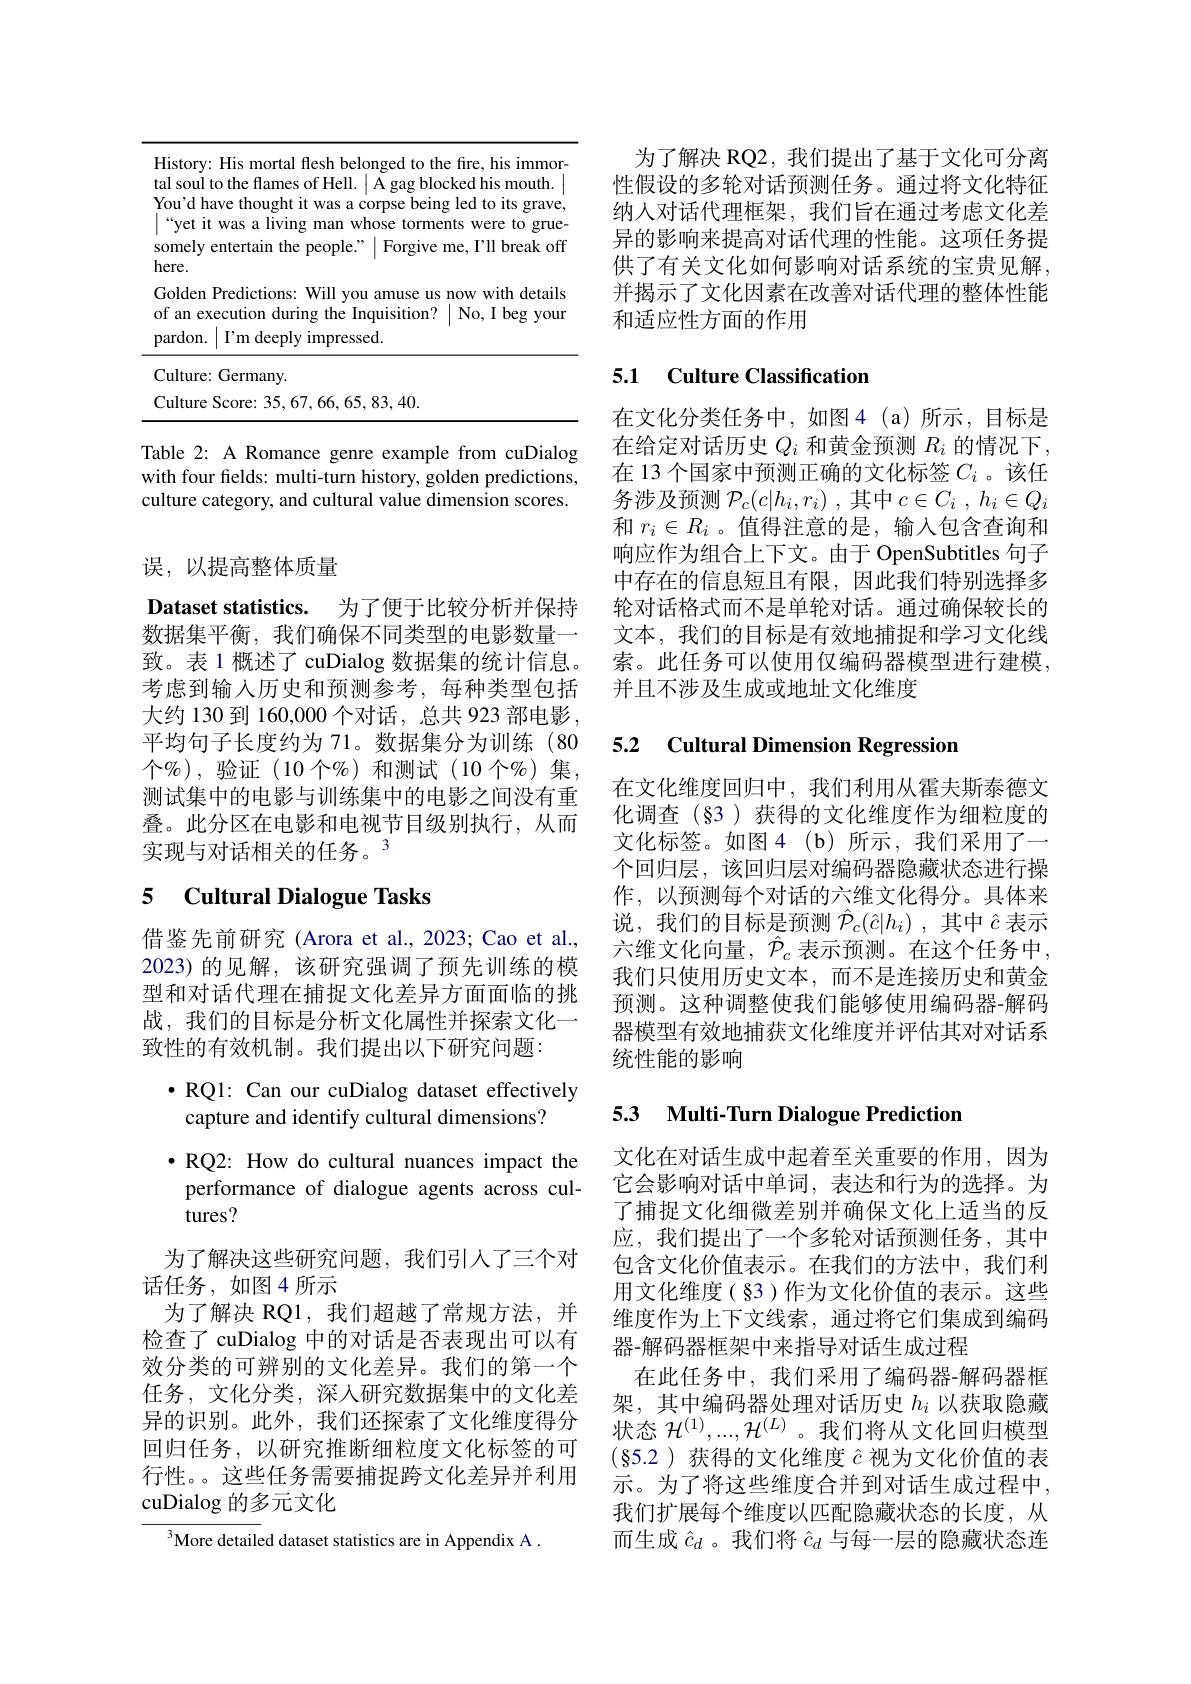
<table>
	<tbody>
		<tr>
			<td>$F$ 1 Y ta</td>
			<td>: His mortal flesh belonged to the fire, his immor to the flames of Hell |A gag blocked his mouth</td>
		</tr>
		<tr>
			<td>St h</td>
			<td>entertain the people." $\mid$Forgive me, I'll break off</td>
		</tr>
		<tr>
			<td>0 $P$</td>
			<td>cecution during the Inquisition? $\mid$No,I beg your $I^{\prime }$m deeply impressed. </td>
		</tr>
		<tr>
			<td> </td>
			<td>:Germany.</td>
		</tr>
		<tr>
			<td> </td>
			<td>Score: 35, 67, 66, 65, 83, 40. </td>
		</tr>
	</tbody>
</table>

Table 2: A Romance genre example from cuDialog with four felds: multi-turn history, golden predictions, culture category, and cultural value dimension scores.

误，以提高整体质量

Dataset statistics. 为了便于比较分析并保持数据集平衡，我们确保不同类型的电影数量一致。表 1 概述了 cuDialog 数据集的统计信息。考虑到输入历史和预测参考，每种类型包括大约 130 到 160,000 个对话，总共 923 部电影， 平均句子长度约为 71。数据集分为训练(80个$\%$),验证(10个%)和测试(10个%)集， 测试集中的电影与训练集中的电影之间没有重叠。此分区在电影和电视节目级别执行，从而实现与对话相关的任务。3

### 5 $\textbf{Cultural Dialogue Tasks}$

借鉴先前研究(Arora et al., 2023; Cao et al., 2023)的见解，该研究强调了预先训练的模型和对话代理在捕捉文化差异方面面临的挑战，我们的目标是分析文化属性并探索文化一致性的有效机制。我们提出以下研究问题：

$\bullet$ RQl: Can our cuDialog dataset effectively
capture and identify cultural dimensions?
$\bullet$RQ2: How do cultural nuances impact the performance of dialogue agents across cultures?
为了解决这些研究问题，我们引人了三个对
话任务，如图4所示
为了解决 RQ1,我们超越了常规方法，并检查了 cuDialog 中的对话是否表现出可以有效分类的可辨别的文化差异。我们的第一个任务，文化分类，深入研究数据集中的文化差异的识别。此外，我们还探索了文化维度得分回归任务，以研究推断细粒度文化标签的可行性。。这些任务需要捕捉跨文化差异并利用cuDialog 的多元文化
$^{3}$More detailed dataset statistics are in Appendix A .

为了解决 RQ2, 我们提出了基于文化可分离性假设的多轮对话预测任务。通过将文化特征纳人对话代理框架，我们旨在通过考虑文化差异的影响来提高对话代理的性能。这项任务提供了有关文化如何影响对话系统的宝贵见解并揭示了文化因素在改善对话代理的整体性能和适应性方面的作用

## 5.1 Culture Classification

在文化分类任务中，如图4(a)所示，目标是在给定对话历史$Q_i$和黄金预测$R_i$的情况下， 在 13 个国家中预测正确的文化标签$C_i$ 。该任务涉及预测$\mathcal{P}_c(c|h_i,r_i)$ ,其中$c\in C_i$ , $h_i\in Q_i$ 和$r_i\in R_i$ 。值得注意的是，输入包含查询和响应作为组合上下文。由于 OpenSubtitles 句子中存在的信息短且有限，因此我们特别选择多轮对话格式而不是单轮对话。通过确保较长的文本，我们的目标是有效地捕捉和学习文化线索。此任务可以使用仅编码器模型进行建模， 并且不涉及生成或地址文化维度

## 5.2 Cultural Dimension Regression

在文化维度回归中，我们利用从霍夫斯泰德文化调查(§3)获得的文化维度作为细粒度的文化标签。如图4(b)所示，我们采用了一个回归层，该回归层对编码器隐藏状态进行操作，以预测每个对话的六维文化得分。具体来说，我们的目标是预测$\hat{\mathcal{P}}_c(\hat{c}|h_i)$ ,其中$\hat{c}$表示六维文化向量，$\hat{\mathcal{P}}_c$ 表示预测。在这个任务中， 我们只使用历史文本，而不是连接历史和黄金预测。这种调整使我们能够使用编码器-解码器模型有效地捕获文化维度并评估其对对话系统性能的影响

## 5.3 Multi-Turn Dialogue Prediction

文化在对话生成中起着至关重要的作用，因为它会影响对话中单词，表达和行为的选择。为了捕捉文化细微差别并确保文化上适当的反应，我们提出了一个多轮对话预测任务，其中包含文化价值表示。在我们的方法中，我们利用文化维度(§3)作为文化价值的表示。这些维度作为上下文线索，通过将它们集成到编码器-解码器框架中来指导对话生成过程
在此任务中，我们采用了编码器-解码器框架，其中编码器处理对话历史$h_i$以获取隐藏状态$\mathcal{H}^(1),...,\mathcal{H}^{(L)}$。我们将从文化回归模型$(\S$5.2)获得的文化维度$\hat{c}$视为文化价值的表示。为了将这些维度合并到对话生成过程中， 我们扩展每个维度以匹配隐藏状态的长度，从而生成$\hat{c}_d$ 。我们将$\hat{c}_d$与每一层的隐藏状态连